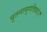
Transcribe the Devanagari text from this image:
पूतनासुगतिप्रदः।